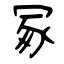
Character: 冢